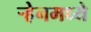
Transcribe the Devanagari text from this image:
ऱ्हेनमध्ये